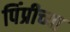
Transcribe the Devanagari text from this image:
पिंप्रीच्या